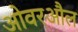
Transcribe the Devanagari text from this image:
ओवरऔल